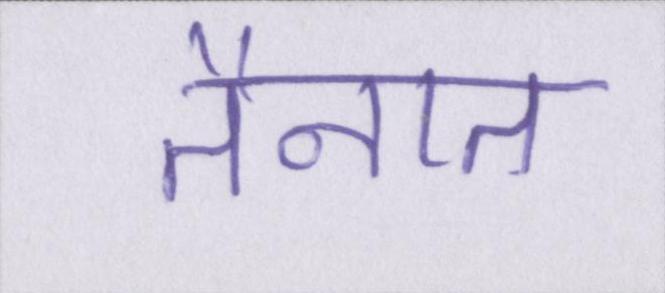
तैनात